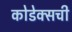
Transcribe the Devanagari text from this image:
कोडेक्सची